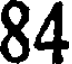
84